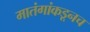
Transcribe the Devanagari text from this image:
मातंगांकडूनच